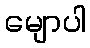
မျောပါ